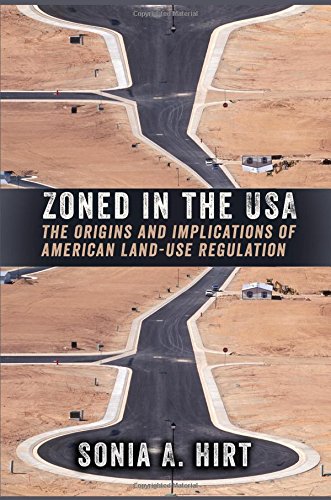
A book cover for Zoned in the USA: The Origins and Implications of American Land-Use Regulation; Sonia A. Hirt; Arts & Photography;